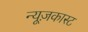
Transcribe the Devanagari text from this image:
न्यूज़कास्ट